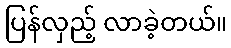
ပြန်လှည့် လာခဲ့တယ်။